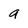
Character: a